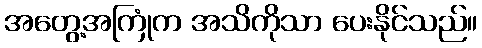
အတွေ့အကြုံက အသိကိုသာ ပေးနိုင်သည်။